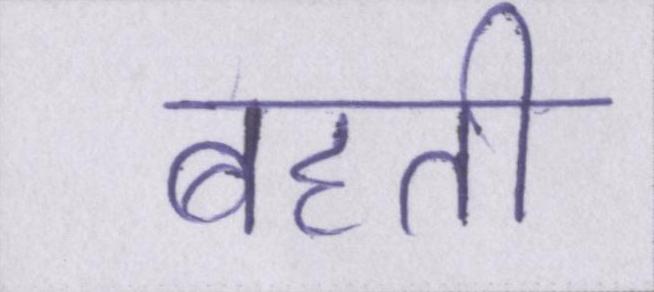
बहती